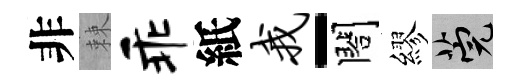
非棘乖紙我-閤繆筦